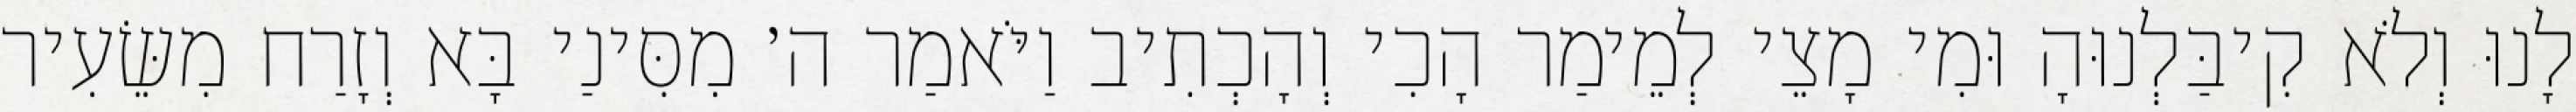
לָנוּ וְלֹא קִיבַּלְנוּהָ וּמִי מָצֵי לְמֵימַר הָכִי וְהָכְתִיב וַיֹּאמַר ה׳ מִסִּינַי בָּא וְזָרַח מִשֵּׂעִיר